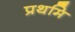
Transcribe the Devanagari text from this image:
प्रथमि